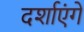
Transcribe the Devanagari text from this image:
दर्शाएंगे